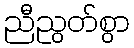
ညီညွတ်စွာ